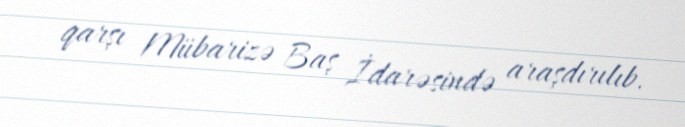
qarşı Mübarizə Baş İdarəsində araşdırılıb.